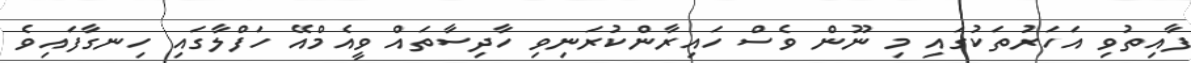
ފާއިތުވި އަހަރުތަކުގައި މި ނޫން ވެސް ހައިރާންކުރަނިވި ހާދިސާތައް ވީއެމްްއޭ ހަފްލާގައި ހިނގާފައިވެ